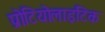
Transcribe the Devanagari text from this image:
प्रोटियोलाइटिक